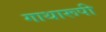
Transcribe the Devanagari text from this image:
गाथारूपी